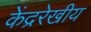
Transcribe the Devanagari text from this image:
केंद्ररेखीय